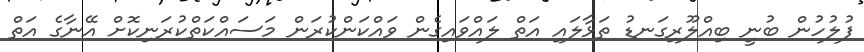
ފުލުހުން ބުނީ ބިއްލޫރިގަނޑު ތަޅާލައި އަތް ލައްވައިގެން ވައްކަންކުރަން މަސައްކަތްކުރަނިކޮށް އޭނާގެ އަތް